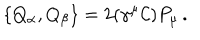
\{ Q _ { \alpha } , Q _ { \beta } \} = 2 ( \gamma ^ { \mu } { \cal C } ) P _ { \mu } \, .